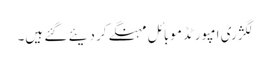
لگژری امپورٹڈ موبائل مہنگے کر دیئے گئے ہیں۔